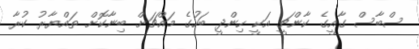
ސްބާސް ގާއީގެ ކާންޗީ އަކީ ހިންދީ ބަހުގެ މައްޗަށް ބިނާކޮށް ތައްޔާރު ކުރާ